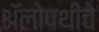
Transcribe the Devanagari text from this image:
अॅलोपथीचे